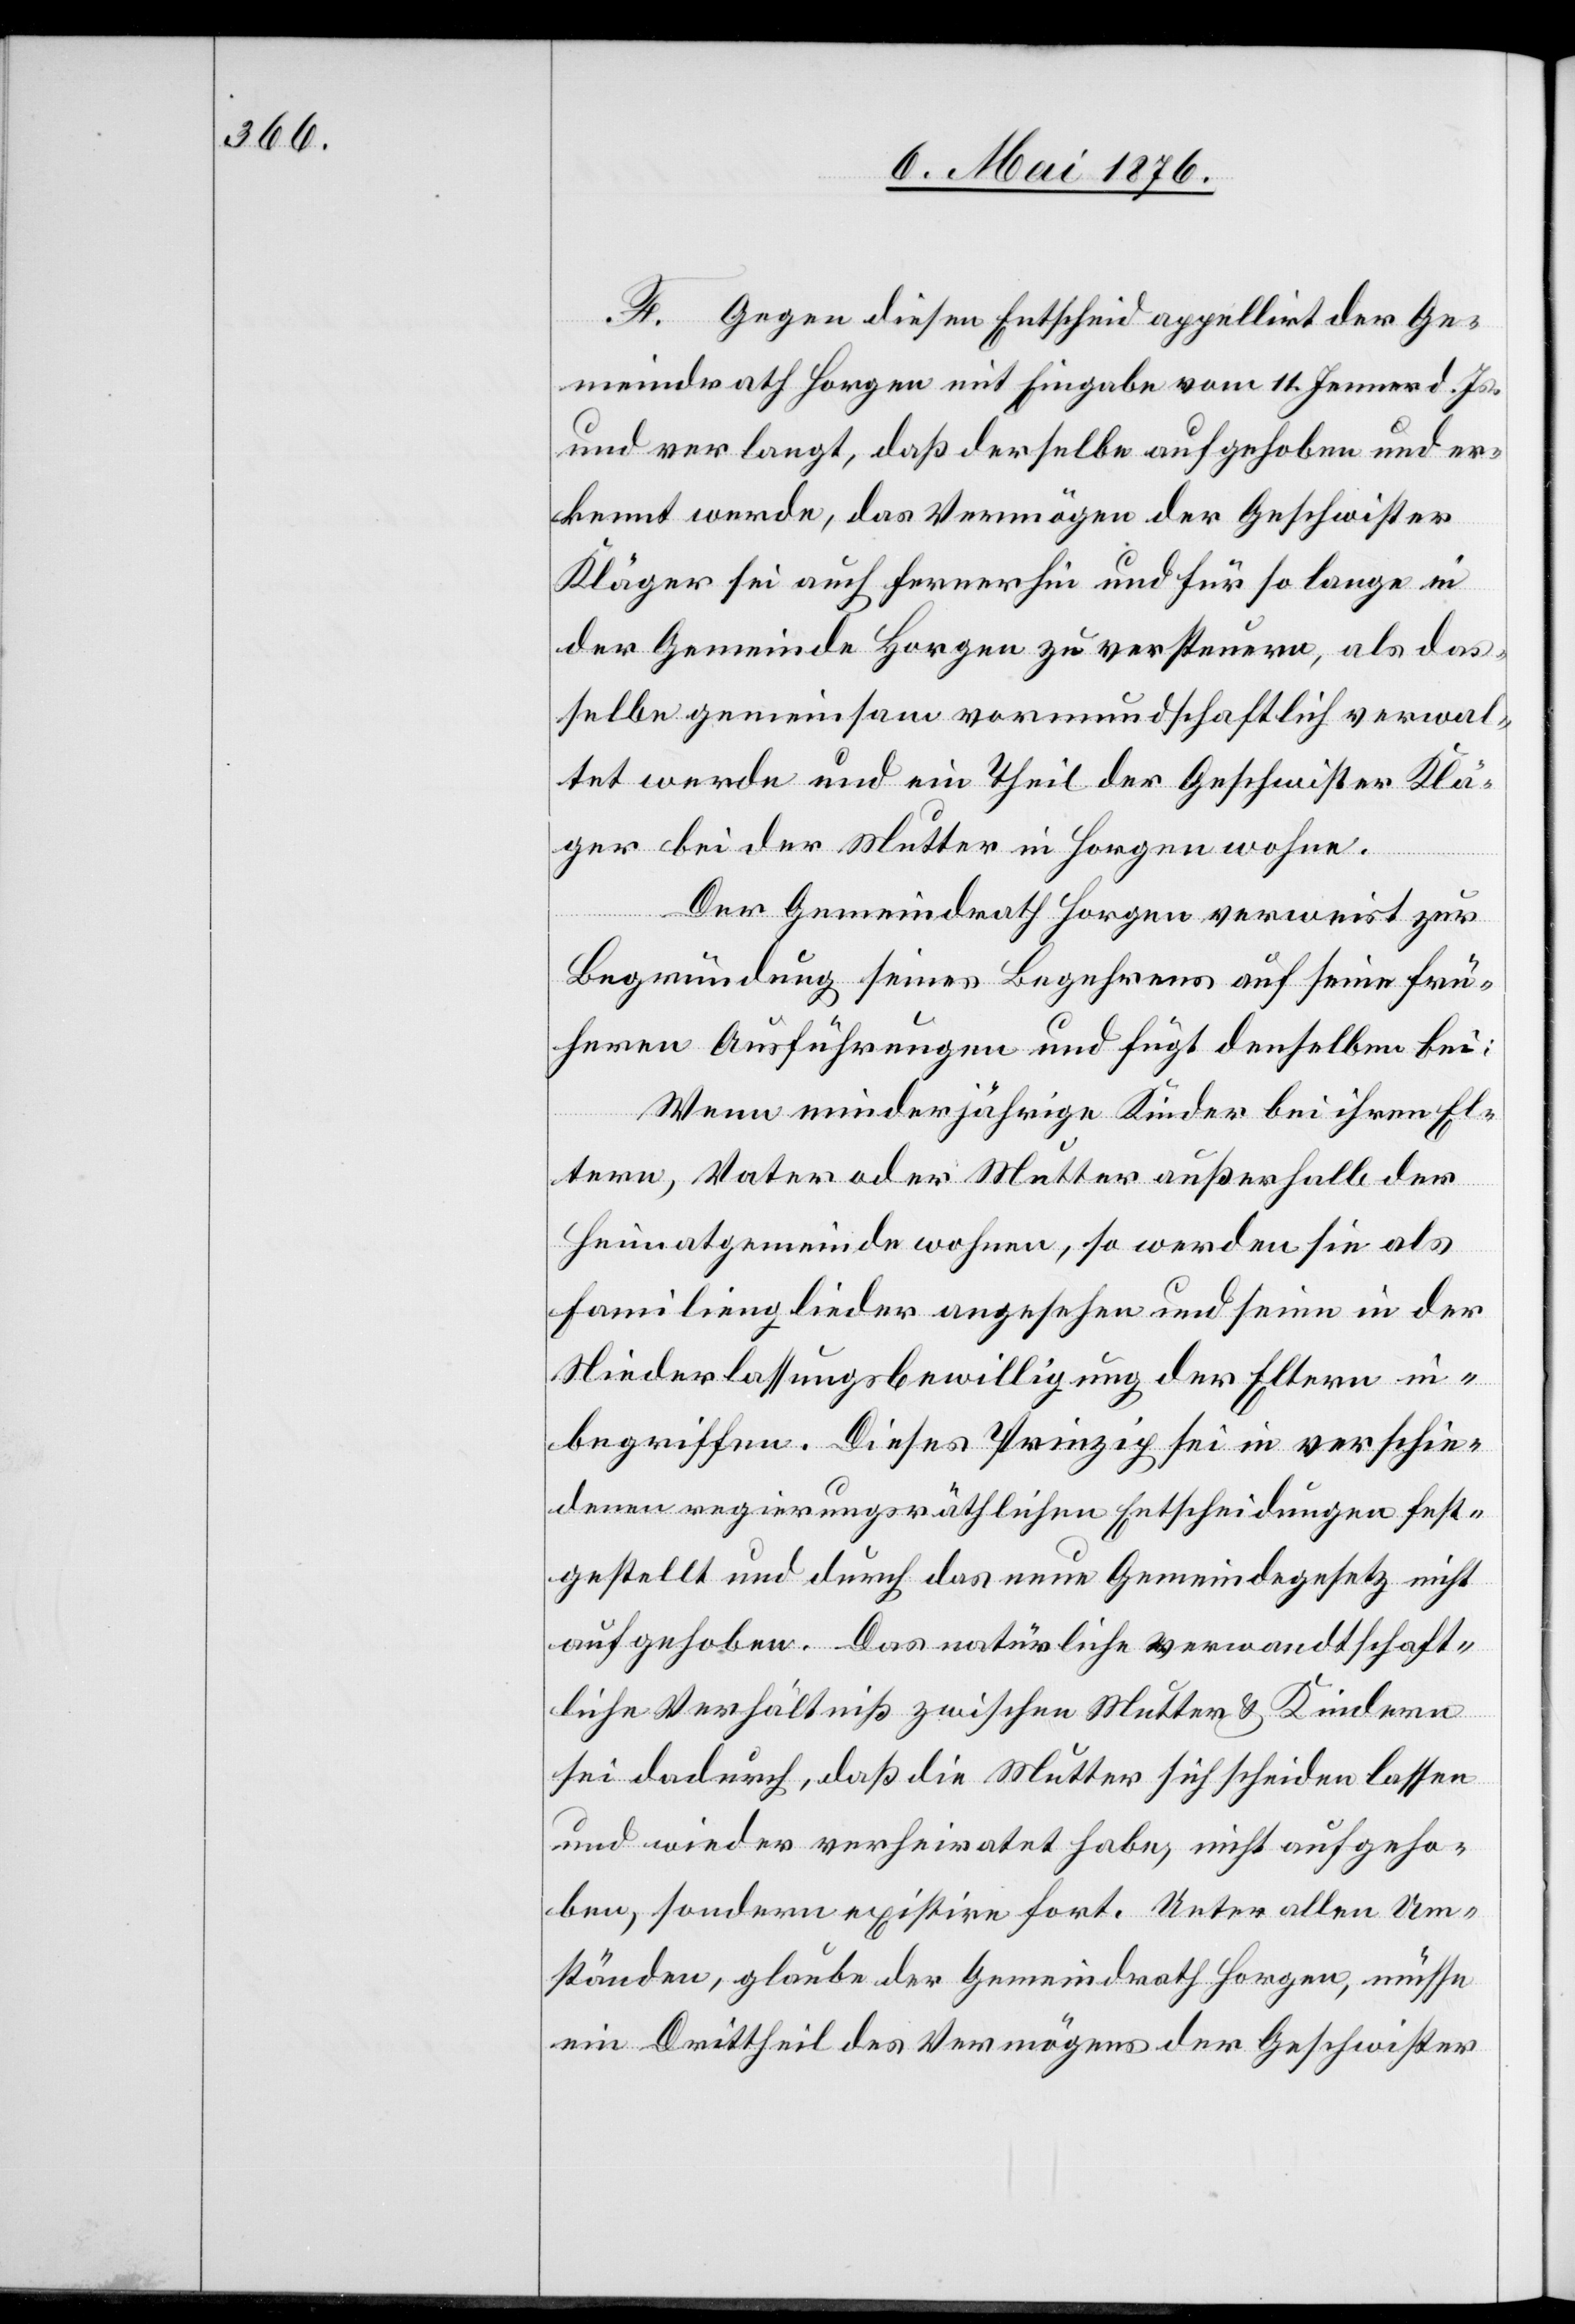
F. Gegen diesen Entscheid appellirt der Ge¬
meindrath Horgen mit Eingabe vom 11. Jenner d. Js.
und verlangt, daß derselbe aufgehoben und er¬
[sic!] werde, das Vermögen der Geschwister
Kläger sei auch ferner hin und für so lange in
der Gemeinde Horgen zu versteuern, als das¬
selbe gemeinsam vormundschaftlich verwal¬
tet werde und ein Theil der Geschwister Klä¬
ger bei der Mutter in Horgen wohne.
Der Gemeindrath Horgen verweist zur
Begründung seines Begehrens auf seine frü¬
heren Ausführungen und fügt denselben bei:
kennt
Wenn minderjährige Kinder bei ihren El¬
tern, Vater oder Mutter außerhalb der
Heimatgemeinde wohnen, so werden sie als
Familienmitglieder angesehen und seien in der
Niederlassungsbewilligung der Eltern in¬
begriffen. Dieses Prinzip sei in verschie¬
denen regierungsräthlichen Entscheidungen fest¬
gestellt und durch das neue Gemeindegesetz nicht
aufgehoben. Das natürliche verwandtschaft¬
liche Verhältnis zwischen Mutter & Kindern
sei dadurch, daß die Mutter sich scheiden lassen
und wieder verheiratet habe, nicht aufgeho¬
ben, sondern existire fort. Unter allen Um¬
ständen, glaube der Gemeindrath Horgen, müsse
ein Drittheil des Vermögens der Geschwister